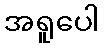
အရူပေါ